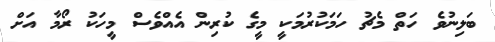
ބަލިނުވެ ހަތް މެޗު ހަމަކުރުމަކީ މީގެ ކުރިން އެއްވެސް މީހަކު ރޯމާ އަށް